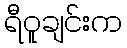
ရီဝူချင်းက